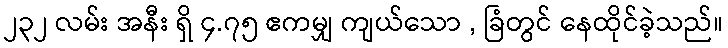
၂၃၂ လမ်း အနီး ရှိ ၄.၇၅ ဧကမျှ ကျယ်သော , ခြံတွင် နေထိုင်ခဲ့သည်။